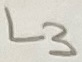
Text: L3